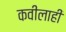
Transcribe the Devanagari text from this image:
कवीलाही